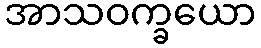
အာသဝက္ခယော